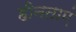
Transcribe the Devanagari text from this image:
हीनताएं